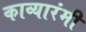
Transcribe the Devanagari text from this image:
काव्यारंमी